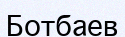
Ботбаев